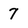
Character: 7